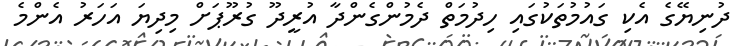
ދުނިޔޭގެ އެކި ގައުމުތަކުގައި ހިދުމަތް ދެމުންގެންދާ އުރީދޫ ގުރޫޕަށް މިދިޔަ އަހަރު އެންމެ